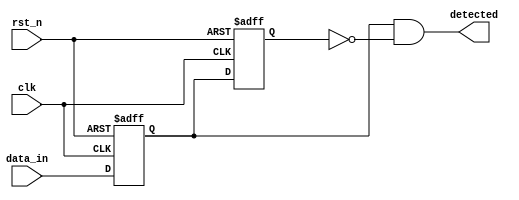
module dual_ff_detector (
    input wire clk,           // Clock input
    input wire rst_n,        // Asynchronous active-low reset
    input wire data_in,      // Input signal representing the data stream
    output reg detected       // Output signal indicating the detection of a specific condition
);

// Internal signals for the outputs of the flip-flops
reg ff1_out;               // Output of first flip-flop
reg ff2_out;               // Output of second flip-flop

// Flip-flop 1 logic
always @(posedge clk or negedge rst_n) begin
    if (!rst_n) begin
        ff1_out <= 1'b0;    // Reset FF1 output
    end else begin
        ff1_out <= data_in; // Sample input signal
    end
end

// Flip-flop 2 logic
always @(posedge clk or negedge rst_n) begin
    if (!rst_n) begin
        ff2_out <= 1'b0;    // Reset FF2 output
    end else begin
        ff2_out <= ff1_out; // Propagate FF1 output to FF2
    end
end

// Combinational logic for detection
always @(*) begin
    // Example detection condition: detecting a rising edge from ff2 to ff1
    detected = (ff1_out && !ff2_out); // Detect a transition from 0 to 1
end

endmodule